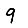
Digit: 9